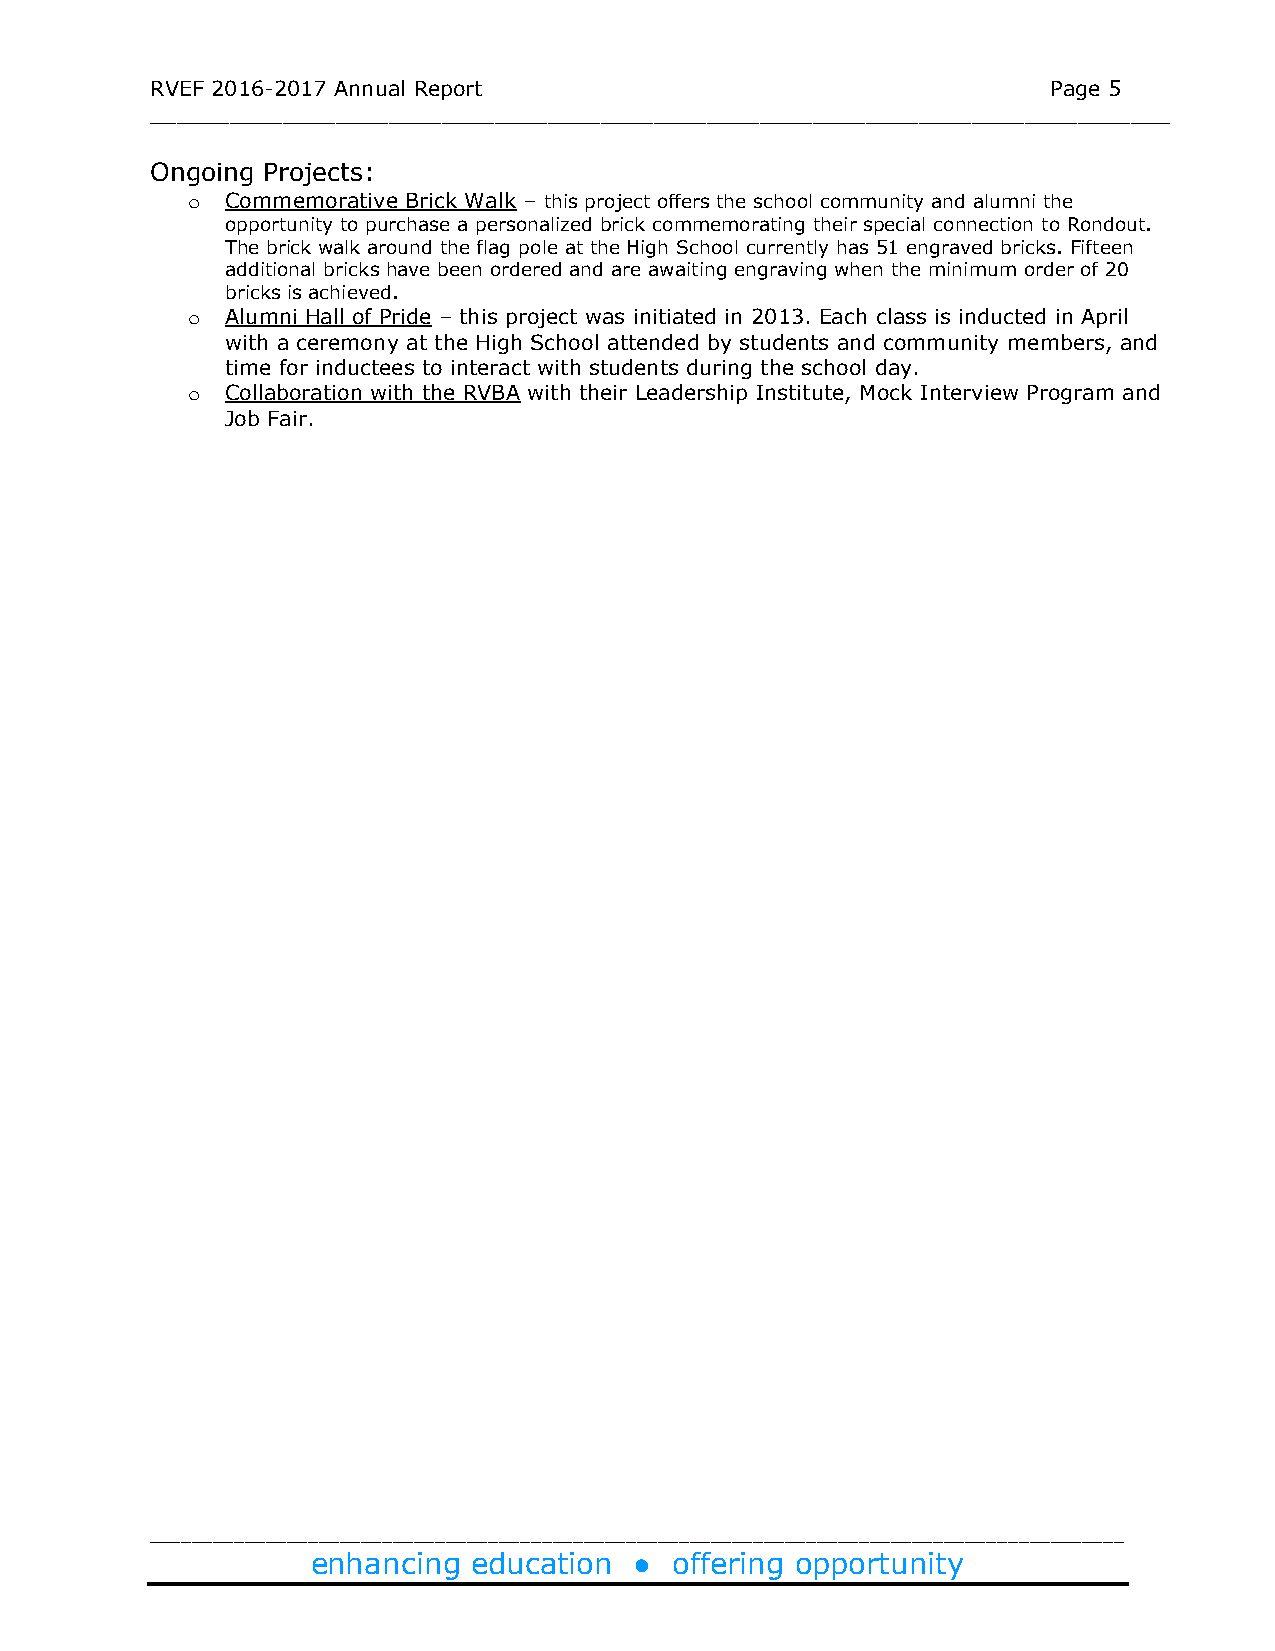
RVEF 2016-2017 Annual Report                                Page 5
 _____________________________________________________________________________
 Ongoing Projects:
 o  Commemorative Brick Walk – this project offers the school community and alumni the
 opportunity to purchase a personalized brick commemorating their special connection to Rondout.
 The brick walk around the flag pole at the High School currently has 51 engraved bricks. Fifteen
 additional bricks have been ordered and are awaiting engraving when the minimum order of 20
 bricks is achieved.
 o  Alumni Hall of Pride – this project was initiated in 2013. Each class is inducted in April
 with a ceremony at the High School attended by students and community members, and
 time for inductees to interact with students during the school day.
 o  Collaboration with the RVBA with their Leadership Institute, Mock Interview Program and
 Job Fair.
 ____________________________________________________________________________________________
 enhancing education  ● offering opportunity